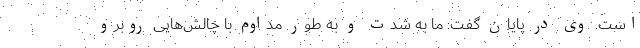
است. وی در پایان گفت: ما به شدت و به طور مداوم با چالش‌هایی روبرو